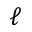
\ell